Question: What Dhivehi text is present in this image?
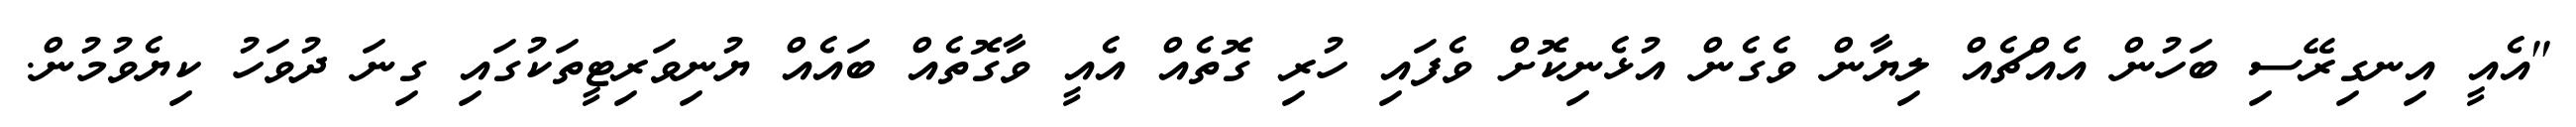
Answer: "އެއީ އިނގިރޭސި ބަހުން އެއްޗެއް ލިޔާން ވެގެން އުޅެނިކޮށް ވެފައި ހުރި ގޮތެއް އެއީ ވާގޮތެއް ބައެއް ޔުނިވަރިޓީތަކުގައި ގިނަ ދުވަހު ކިޔެވުމުން.